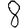
Digit: 8